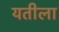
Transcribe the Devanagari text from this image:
यतीला